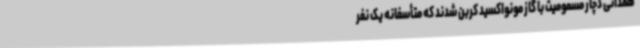
همدانی دچار مسمومیت با گاز مونواکسید کربن شدند که متأسفانه یک نفر